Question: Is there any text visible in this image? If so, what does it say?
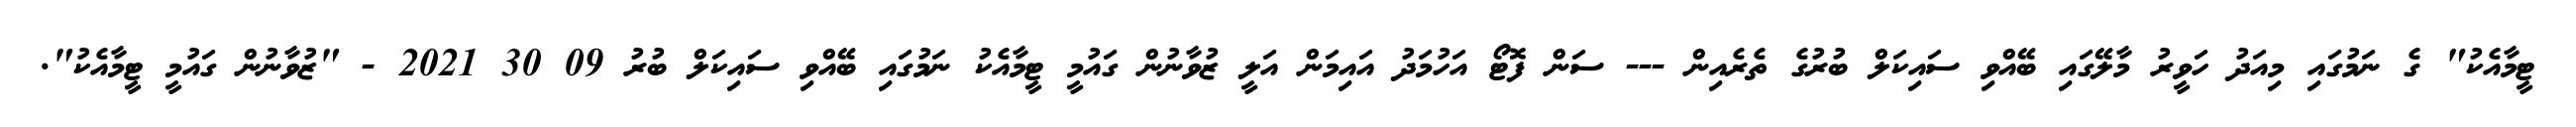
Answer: ޓީމާއެކު" ގެ ނަމުގައި މިއަދު ހަވީރު މާލޭގައި ބޭއްވި ސައިކަލް ބުރުގެ ތެރެއިން --- ސަން ފޮޓޯ އަހުމަދު އައިމަން އަލީ ޒުވާނުން ގައުމީ ޓީމާއެކު ނަމުގައި ބޭއްވި ސައިކަލް ބުރު 09 30 2021 - "ޒުވާނުން ގައުމީ ޓީމާއެކު".